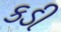
કડી